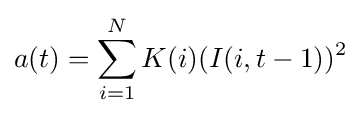
a(t)=\sum _{i=1}^{N}K(i)(I(i,t-1))^{2}